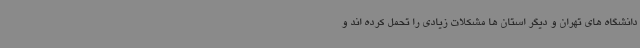
دانشگاه های تهران و دیگر استان ها مشکلات زیادی را تحمل کرده اند و